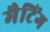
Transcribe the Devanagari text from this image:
मैटिंग